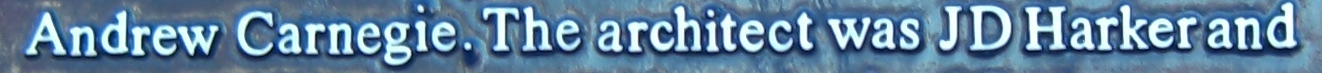
Andrew Carnegie.The architect was JD Hanker and